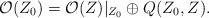
\begin{align*}\mathcal{O}(Z_0)= \mathcal{O}(Z)|_{Z_0} \oplus Q(Z_0,Z).\end{align*}